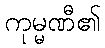
ကုမ္မဏီ၏